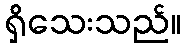
ရှိသေးသည်။